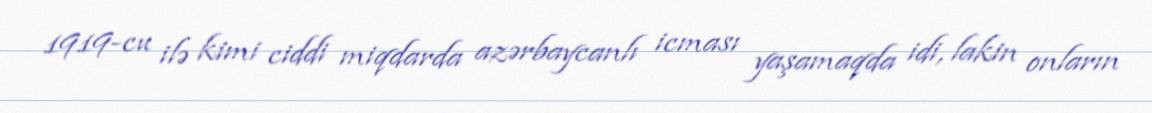
1919-cu ilə kimi ciddi miqdarda azərbaycanlı icması yaşamaqda idi, lakin onların